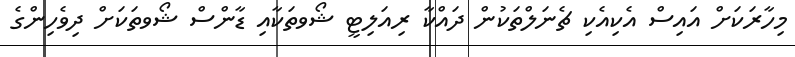
މިހާރަކަށް އައިސް އެކިއެކި ޗެނަލްތަކުން ދައްކާ ރިއަލިޓީ ޝޯވތަކާއި ޑާންސް ޝޯވތަކަށް ދިވެހިންގެ